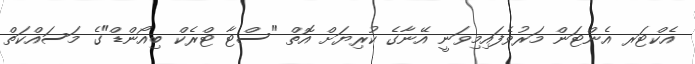
އެކްޓަރ އެންޓަން މަރުވެފައިމިވަނީ އޭނާގެ ކުރިޔަށް އޮތް "ސްޓާ ޓްރެކް ބިއޯންޑް"ގެ މަސައްކަތް